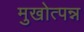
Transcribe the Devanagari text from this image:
मुखोत्पन्न